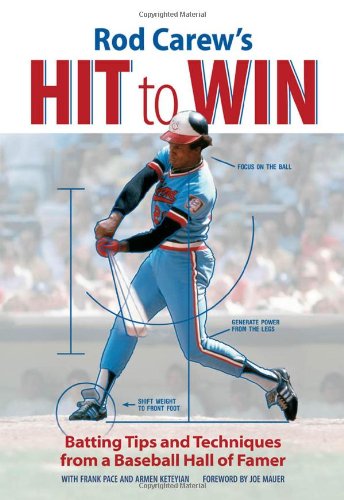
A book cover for Rod Carew's Hit to Win: Batting Tips and Techniques from a Baseball Hall of Famer; Rod Carew; Sports & Outdoors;